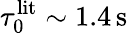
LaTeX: \tau_{0}^{\mathrm{lit}}\sim 1.4\, \mathrm{s}